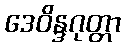
ဒေဝိန္ဒဂုတ္တာ